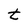
Character: t